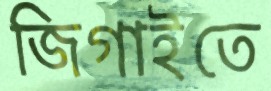
জিগাইতে